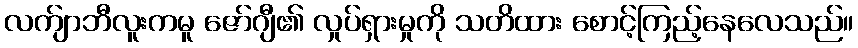
လက်ျာဘီလူးကမူ ဇော်ဂျီ၏ လှုပ်ရှားမှုကို သတိထား စောင့်ကြည့်နေလေသည်။